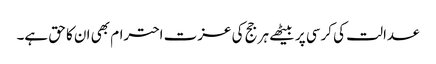
عدالت کی کرسی پر بیٹھے ہر جج کی عزت احترام بھی ان کا حق ہے۔